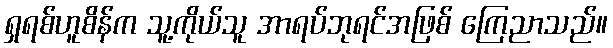
ရှရစ်ဟူစိန်က သူ့ကိုယ်သူ အာရပ်ဘုရင်အဖြစ် ကြေညာသည်။